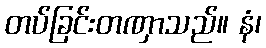
တပ်ခြင်းတဏှာသည်။ နံ၊